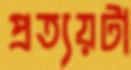
প্রত্যয়টা